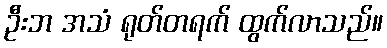
ဦးဘ အသံ ရုတ်တရက် ထွက်လာသည်။